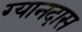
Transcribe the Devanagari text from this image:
ग्यानदास